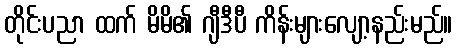
တိုင်းပညာ ထက် မိမိ၏ ဂျီဒီပီ ကိန်းများလျော့နည်းမည်။